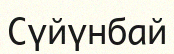
Сүйүнбай